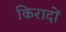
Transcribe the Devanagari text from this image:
किरादों